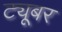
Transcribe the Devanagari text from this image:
ट्यूबर